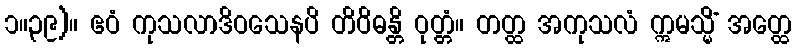
၁။၃၉)။ ဧဝံ ကုသလာဒိဝသေနပိ တိဝိဓန္တိ ဝုတ္တံ။ တတ္ထ အကုသလံ ဣမသ္မိံ အတ္ထေ